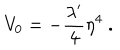
V _ { 0 } = - { \frac { \lambda ^ { \prime } } { 4 } } \eta ^ { 4 } \ .